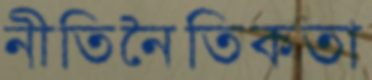
নীতিনৈতিকতা